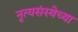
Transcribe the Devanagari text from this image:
नृत्यसंस्थेच्या